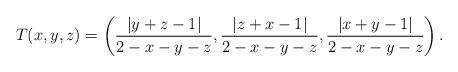
LaTeX: \begin{align*}T(x,y,z) = \left(\frac{|y+z-1|}{2-x-y-z},\frac{|z+x-1|}{2-x-y-z},\frac{|x+y-1|}{2-x-y-z}\right).\end{align*}